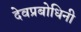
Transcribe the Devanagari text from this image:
देवप्रबोधिनी